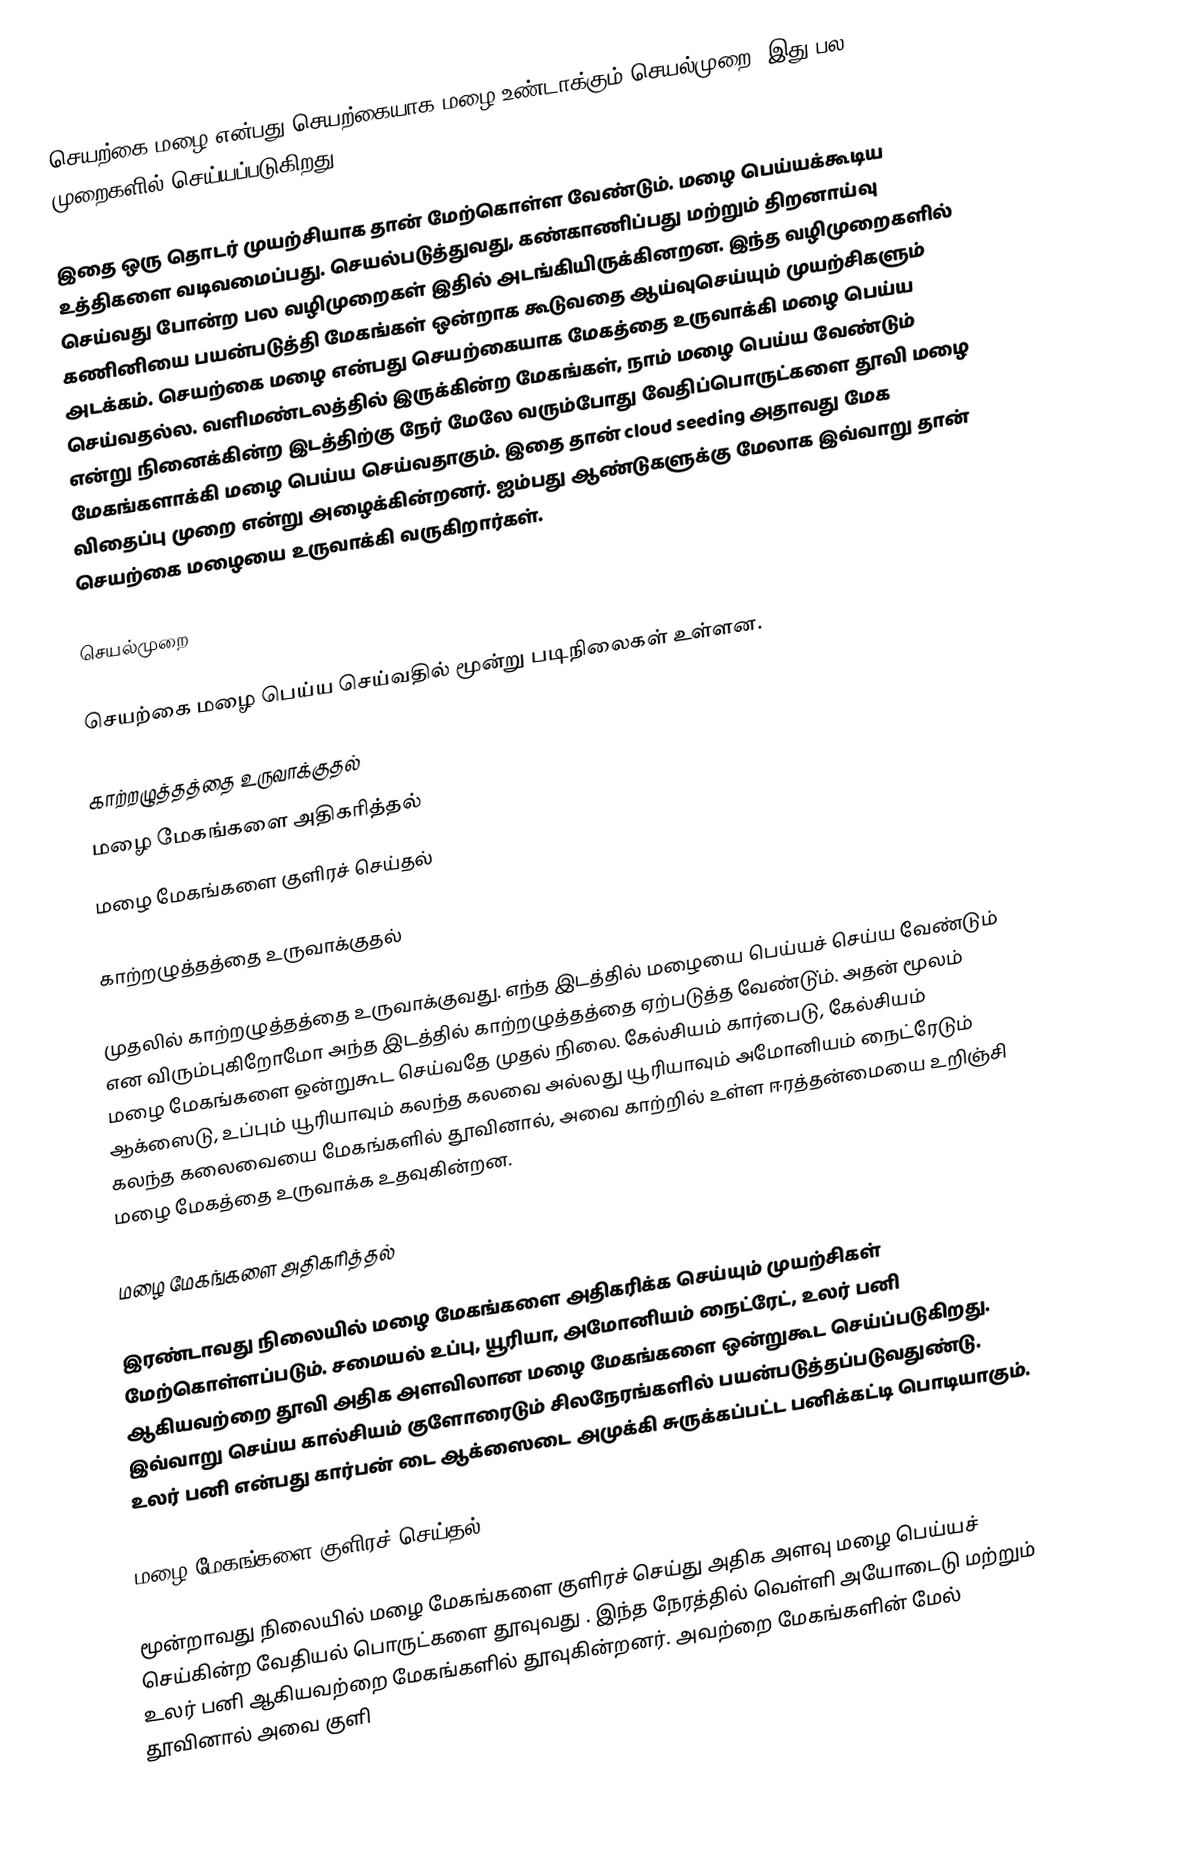
செயற்கை மழை என்பது செயற்கையாக மழை உண்டாக்கும் செயல்முறை. இது பல முறைகளில் செய்யப்படுகிறது.

இதை ஒரு தொடர் முயற்சியாக தான் மேற்கொள்ள வேண்டும். மழை பெய்யக்கூடிய உத்திகளை வடிவமைப்பது. செயல்படுத்துவது, கண்காணிப்பது மற்றும் திறனாய்வு செய்வது போன்ற பல வழிமுறைகள் இதில் அடங்கியிருக்கினறன. இந்த வழிமுறைகளில் கணினியை பயன்படுத்தி மேகங்கள் ஒன்றாக கூடுவதை ஆய்வுசெய்யும் முயற்சிகளும் அடக்கம். செயற்கை மழை என்பது செயற்கையாக மேகத்தை உருவாக்கி மழை பெய்ய செய்வதல்ல. வளிமண்டலத்தில் இருக்கின்ற மேகங்கள், நாம் மழை பெய்ய வேண்டும் என்று நினைக்கின்ற இடத்திற்கு நேர் மேலே வரும்போது வேதிப்பொருட்களை தூவி மழை மேகங்களாக்கி மழை பெய்ய செய்வதாகும். இதை தான் cloud seeding அதாவது மேக விதைப்பு முறை என்று அழைக்கின்றனர். ஐம்பது ஆண்டுகளுக்கு மேலாக இவ்வாறு தான் செயற்கை மழையை உருவாக்கி வருகிறார்கள்.

செயல்முறை

செயற்கை மழை பெய்ய செய்வதில் மூன்று படிநிலைகள் உள்ளன.

 காற்றழுத்தத்தை உருவாக்குதல்
 மழை மேகங்களை அதிகரித்தல்
 மழை மேகங்களை குளிரச் செய்தல்

காற்றழுத்தத்தை உருவாக்குதல்

முதலில் காற்றழுத்தத்தை உருவாக்குவது. எந்த இடத்தில் மழையை பெய்யச் செய்ய வேண்டும் என விரும்புகிறோமோ அந்த இடத்தில் காற்றழுத்தத்தை ஏற்படுத்த வேண்டு்ம். அதன் மூலம் மழை மேகங்களை ஒன்றுகூட செய்வதே முதல் நிலை. கேல்சியம் கார்பைடு, கேல்சியம் ஆக்ஸைடு, உப்பும் யூரியாவும் கலந்த கலவை அல்லது யூரியாவும் அமோனியம் நைட்ரேடும் கலந்த கலைவையை மேகங்களில் தூவினால், அவை காற்றில் உள்ள ஈரத்தன்மையை உறிஞ்சி மழை மேகத்தை உருவாக்க உதவுகின்றன.

மழை மேகங்களை அதிகரித்தல்

இரண்டாவது நிலையில் மழை மேகங்களை அதிகரிக்க செய்யும் முயற்சிகள் மேற்கொள்ளப்படும். சமையல் உப்பு, யூரியா, அமோனியம் நைட்ரேட், உலர் பனி ஆகியவற்றை தூவி அதிக அளவிலான மழை மேகங்களை ஒன்றுகூட செய்ப்படுகிறது. இவ்வாறு செய்ய கால்சியம் குளோரைடும் சிலநேரங்களில் பயன்படுத்தப்படுவதுண்டு. உலர் பனி என்பது கார்பன் டை ஆக்ஸைடை அமுக்கி சுருக்கப்பட்ட பனிக்கட்டி பொடியாகும்.

மழை மேகங்களை குளிரச் செய்தல்

மூன்றாவது நிலையில் மழை மேகங்களை குளிரச் செய்து அதிக அளவு மழை பெய்யச் செய்கின்ற வேதியல் பொருட்களை தூவுவது . இந்த நேரத்தில் வெள்ளி அயோடைடு மற்றும் உலர் பனி ஆகியவற்றை மேகங்களில் தூவுகின்றனர். அவற்றை மேகங்களின் மேல் தூவினால் அவை குளி